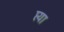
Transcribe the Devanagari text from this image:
प्त्या